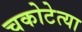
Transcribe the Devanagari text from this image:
चकोटेत्या